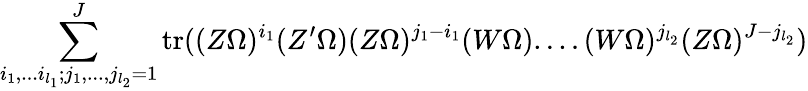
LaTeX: \sum_{i_{1},...i_{l_{1}};j_{1},...,j_{l_{2}}=1}^{J}\mathrm{tr}((Z\Omega)^{i_{1}}(Z^{\prime}\Omega)(Z\Omega)^{j_{1}-i_{1}}(W\Omega)....(W\Omega)^{j_{l_{2}}}(Z\Omega)^{J-j_{l_{2}}})